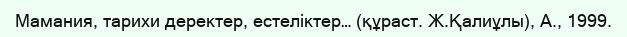
Мамания, тарихи деректер, естеліктер… (құраст. Ж.Қалиұлы), А., 1999.